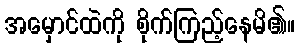
အမှောင်ထဲကို စိုက်ကြည့်နေမိ၏။